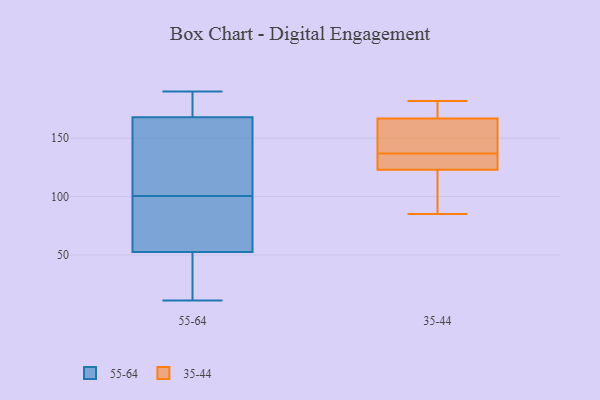
{"axis": {"x": "Market Share (%)", "y": "Value"}, "legend": ["35-44", "55-64"], "data": [{"x": "", "y": 168, "type": "55-64"}, {"x": "", "y": 81, "type": "55-64"}, {"x": "", "y": 168, "type": "55-64"}, {"x": "", "y": 53, "type": "55-64"}, {"x": "", "y": 11, "type": "55-64"}, {"x": "", "y": 190, "type": "55-64"}, {"x": "", "y": 166, "type": "55-64"}, {"x": "", "y": 20, "type": "55-64"}, {"x": "", "y": 171, "type": "55-64"}, {"x": "", "y": 52, "type": "55-64"}, {"x": "", "y": 103, "type": "55-64"}, {"x": "", "y": 98, "type": "55-64"}, {"x": "", "y": 170, "type": "35-44"}, {"x": "", "y": 167, "type": "35-44"}, {"x": "", "y": 128, "type": "35-44"}, {"x": "", "y": 116, "type": "35-44"}, {"x": "", "y": 123, "type": "35-44"}, {"x": "", "y": 85, "type": "35-44"}, {"x": "", "y": 182, "type": "35-44"}, {"x": "", "y": 139, "type": "35-44"}, {"x": "", "y": 146, "type": "35-44"}, {"x": "", "y": 135, "type": "35-44"}]}